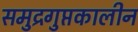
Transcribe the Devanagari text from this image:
समुद्रगुप्तकालीन